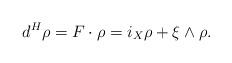
LaTeX: \begin{align*}d^H\rho = F\cdot \rho= i_X \rho + \xi \wedge \rho.\end{align*}